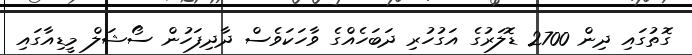
ގޮތުގައި ދިން 2700 ޑޮލަރުގެ އަގުހުރި ދަބަހެއްގެ ވާހަކަވެސް ދާދިފަހުން ސޯޝަލް މީޑިއާގައި